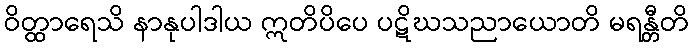
ဝိတ္ထာရေသိ နာနုပါဒါယ ဣတိပိပေ ပဋိဃသညာယောတိ မရန္တီတိ